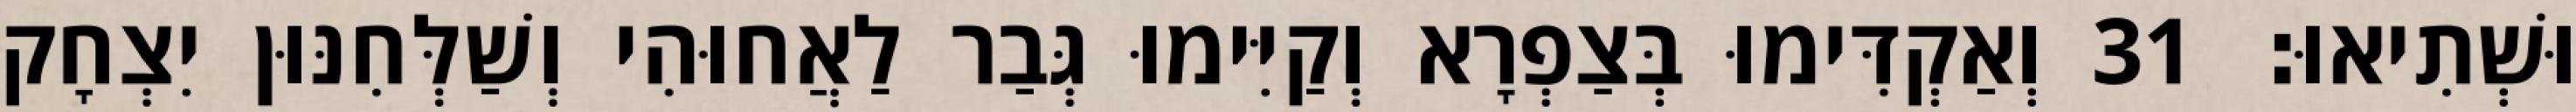
וּשְׁתִיאוּ׃ 31 וְאַקְדִּימוּ בְּצַפְרָא וְקַיִּימוּ גְּבַר לַאֲחוּהִי וְשַׁלְּחִנּוּן יִצְחָק